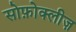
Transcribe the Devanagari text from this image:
सोफ़ोक्लीज़